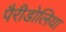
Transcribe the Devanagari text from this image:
पैरीडोलिया